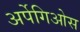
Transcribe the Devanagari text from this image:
अर्पेगिओस